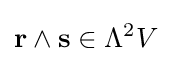
\mathbf {r} \wedge \mathbf {s} \in \Lambda ^{2}V